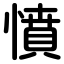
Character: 憤